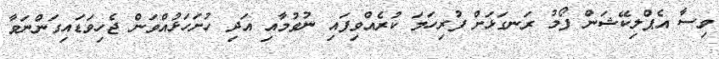
ވިސާ އެޕްލިކޭޝަން ފޯމު ރަނގަޅަށް ފުރިހަމަ ކުރެއްވިފައި ނުވުމާއި އަދި ހުށަހަޅުއްވަން ޖެހިވަޑައިގަންނަވާ